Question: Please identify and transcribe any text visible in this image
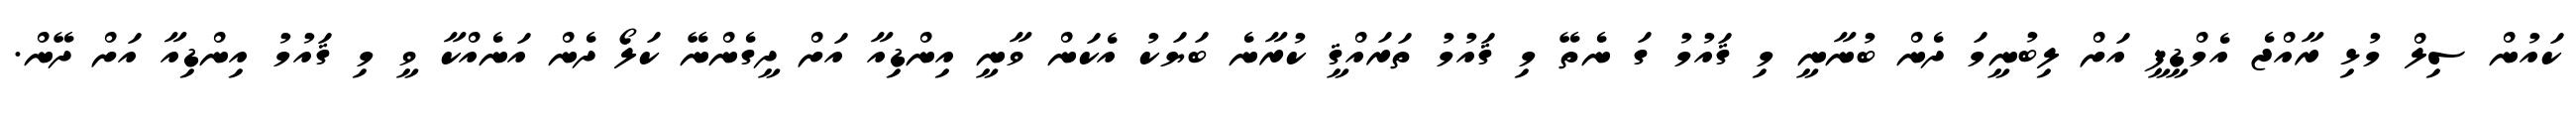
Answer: ކައުން ސިލް މުޅި ރާއްޖެ އެމްޑީޕީ އަށް ލިބުނީމަ ދެން ބުނާނީ މި ޤައުމު ގަ ނެތޭ މި ޤައުމު ތަރައްޤީ ކުރާނެ ބަޔަކު އެކަން ވާނީ އިންޑިއާ އަށް ދީގެންނޭ ކަލޯ ދެން އަނެއްކާ ވީ މި ޤައުމު އިންޑިއާ އަށް ދޭން.